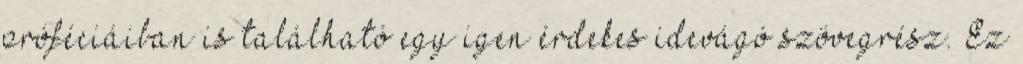
próféciáiban is található egy igen érdekes idevágó szövegrész. Ez